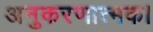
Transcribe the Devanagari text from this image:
अनुकरणात्मक।